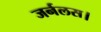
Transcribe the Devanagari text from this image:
जर्नलस।